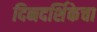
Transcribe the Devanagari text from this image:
दिनदर्शिकेचा